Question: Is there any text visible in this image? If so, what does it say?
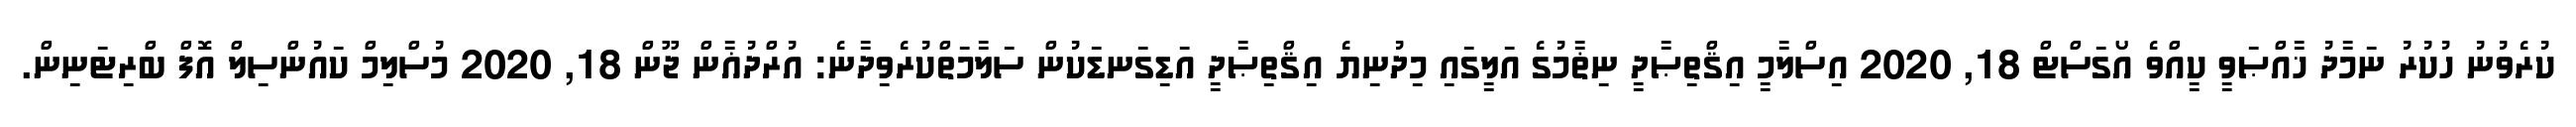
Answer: ކުރެވުނު ހުކުރު ނަމާދު ޚާއްޞަވީ ކީއްވެ އޯގަސްޓް 18, 2020 އިސްލާމީ އިޤްތިޞާދީ ނިޡާމުގެ އަލީގައި މިދުނިޔެ އިޤްތިޞާދީ އަޑިގަނޑަކުން ސަލާމަތްކުރެވިދާނެ: އުރްދުޣާން ޖޫން 18, 2020 މުސްލިމް ކައުންސިލް އޮފް ބްރިޓަނިން.